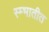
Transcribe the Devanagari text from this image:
स्म्भातीत